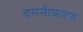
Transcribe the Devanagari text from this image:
दमनीकरण